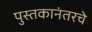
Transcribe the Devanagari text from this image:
पुस्तकानंतरचे